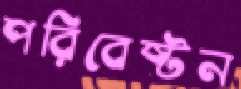
পরিবেষ্টন